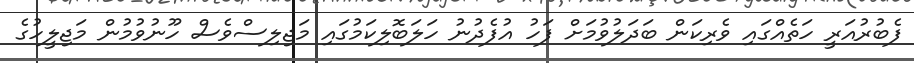
ފެބުރުއަރީ ހަތެއްގައި ވެރިކަން ބަދަލުވުމަށް ފަހު އުފެދުނު ހަލަބޮލިކަމުގައި މަޖިލިސްވެސް ހޫނުވުމުން މަޖިލީހުގެ